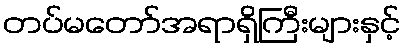
တပ်မတော်အရာရှိကြီးများနှင့်